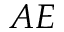
A E